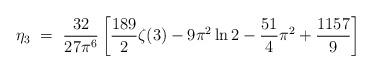
LaTeX: \begin{align*}\eta_3 ~=~ \frac{32}{27\pi^6} \left[ \frac{189}{2}\zeta(3) - 9\pi^2 \ln 2- \frac{51}{4}\pi^2 + \frac{1157}{9} \right]\end{align*}